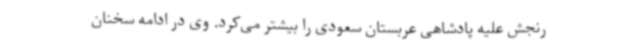
رنجش علیه پادشاهی عربستان سعودی را بیشتر می‌کرد. وی در ادامه سخنان